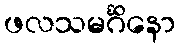
ဖလသမင်္ဂိနော